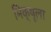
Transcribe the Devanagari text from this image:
भिक्षूला